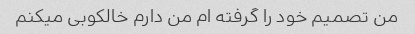
من تصمیم خود را گرفته ام من دارم خالکوبی میکنم